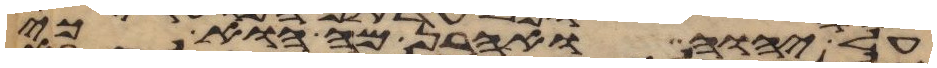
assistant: על יהוה ואהרן מה הוא כי